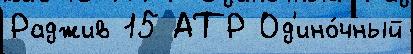
Раджив 15 АТР Од'ино́чный